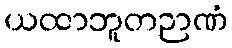
ယထာဘူတဉာဏံ